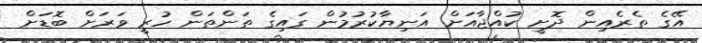
އޭގެ ތެރެއިން ދޮށީ ކުއްޖާއަށް އަނިޔާކުރުމުން ގައިގެ ތަންތަން ހުރީ ވަރަށް ބޮޑަށް